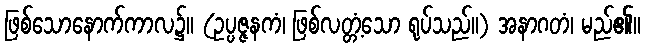
ဖြစ်သောနောက်ကာလ၌။ (ဥပ္ပဇ္ဇနကံ၊ ဖြစ်လတ္တံ့သော ရုပ်သည်။) အနာဂတံ၊ မည်၏။